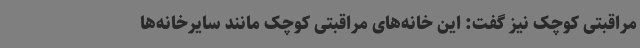
مراقبتی کوچک نیز گفت: این خانه‌های مراقبتی کوچک مانند سایرخانه‌ها